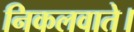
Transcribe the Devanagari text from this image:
निकलवाते।